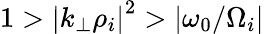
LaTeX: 1>\left|k_{\perp}\rho_{i}\right|^{2}>\left|\omega_{0}/\Omega_{i}\right|